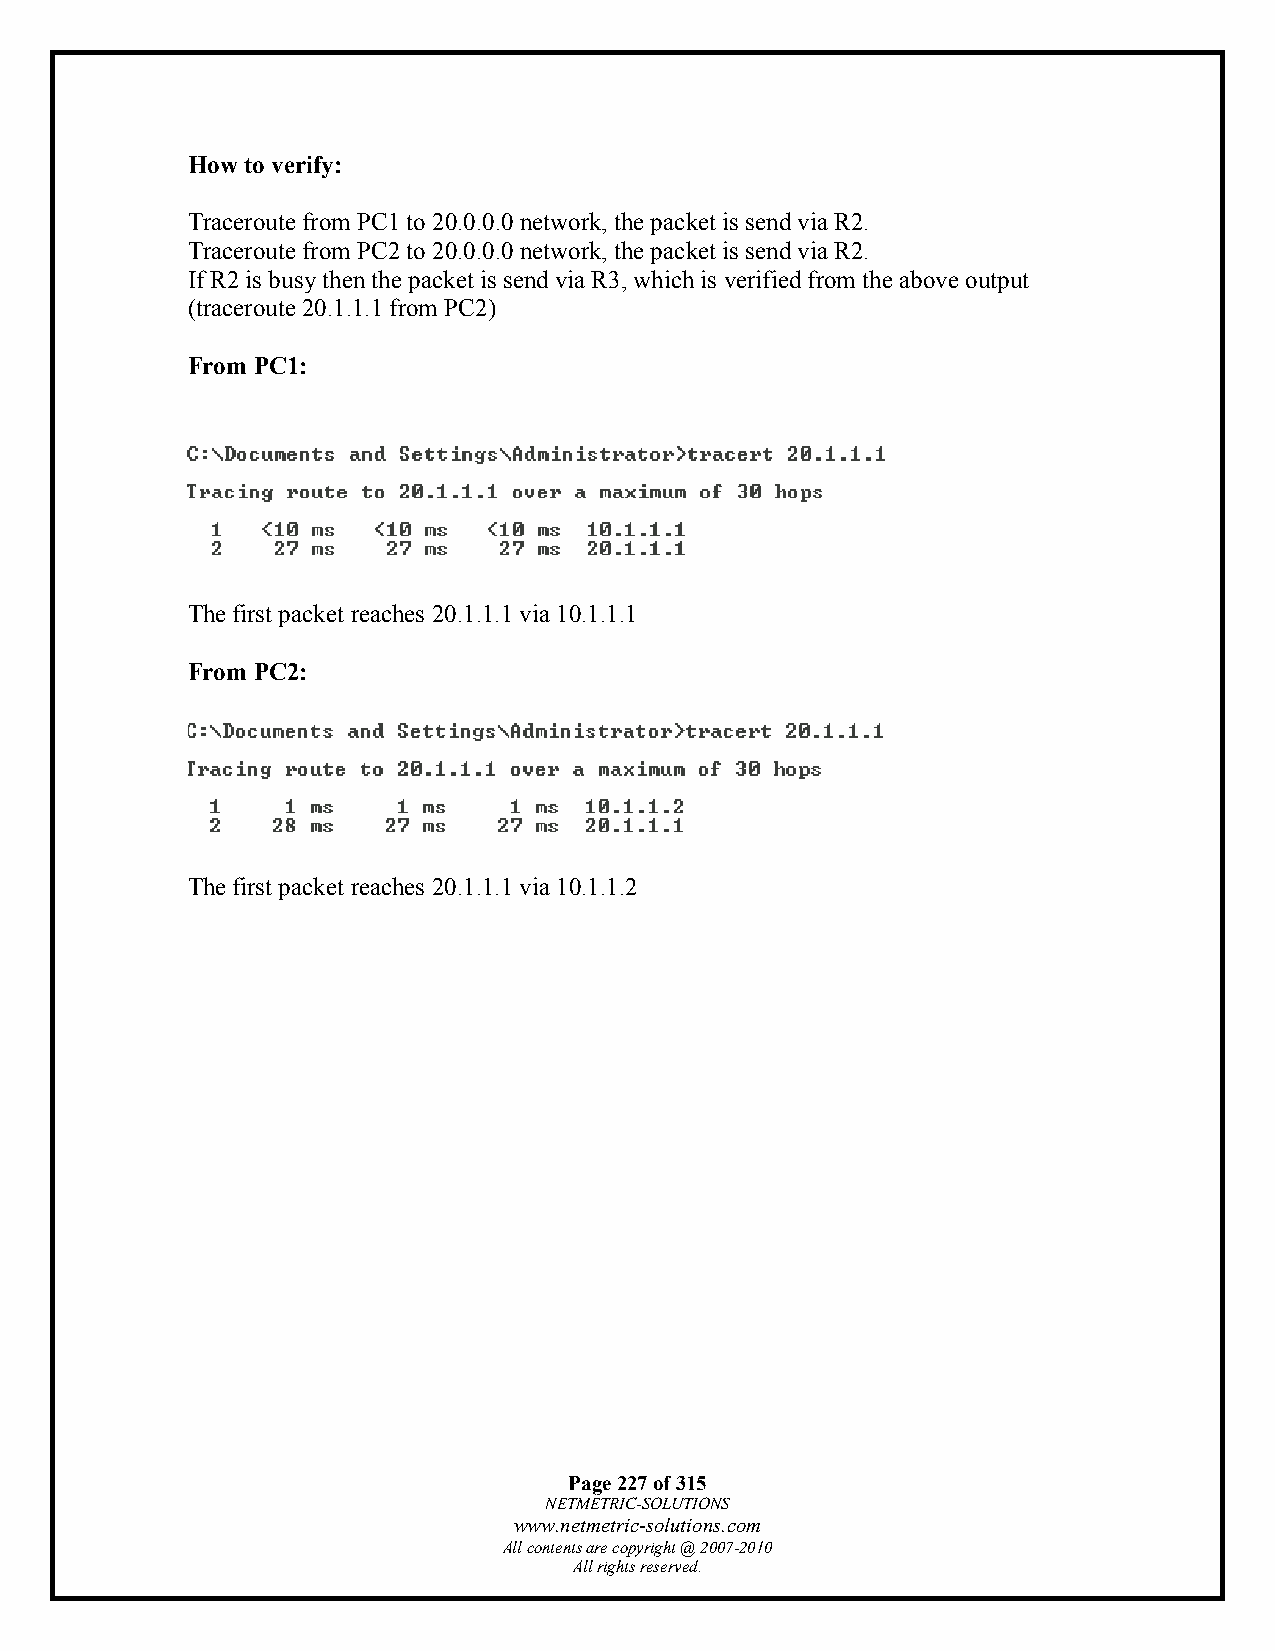
How to verify:
 Traceroute from PC1 to 20.0.0.0 network, the packet is send via R2.
 Traceroute from PC2 to 20.0.0.0 network, the packet is send via R2.
 If R2 is busy then the packet is send via R3, which is verified from the above output
 (traceroute 20.1.1.1 from PC2)
 From PC1:
 The first packet reaches 20.1.1.1 via 10.1.1.1
 From PC2:
 The first packet reaches 20.1.1.1 via 10.1.1.2
 Page 227 of 315
 NETMETRIC-SOLUTIONS
 www.netmetric-solutions.com
 All contents are copyright @ 2007-2010
 All rights reserved.